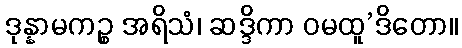
ဒုန္နာမကဉ္စ အရိသံ၊ ဆဒ္ဒိကာ ဝမထူ’ဒိတော။